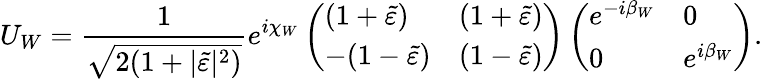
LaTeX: U_{W}=\frac{1}{\sqrt{2(1+|\tilde{\varepsilon}|^{2})}}e^{i\chi_{W}}\left(\begin{array}{ll}{{(1+\tilde{\varepsilon})}}&{{(1+\tilde{\varepsilon})}}\\ {{-(1-\tilde{\varepsilon})}}&{{(1-\tilde{\varepsilon})}}\end{array}\right)\left(\begin{array}{ll}{{e^{-i\beta_{W}}}}&{{0}}\\ {{0}}&{{e^{i\beta_{W}}}}\end{array}\right).